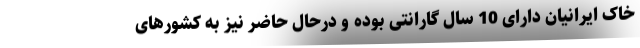
خاک ایرانیان دارای 10 سال گارانتی بوده و درحال حاضر نیز به کشورهای